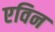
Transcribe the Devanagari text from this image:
एविन